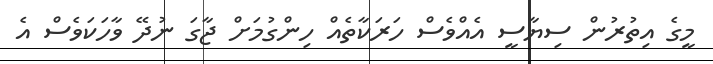
މީގެ އިތުރުން ސިޔާސީ އެއްވެސް ހަރަކާތެއް ހިންގުމަށް ޖާގަ ނުދޭ ވާހަކަވެސް އެ